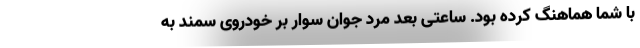
با شما هماهنگ کرده بود. ساعتی بعد مرد جوان سوار بر خودروی سمند به